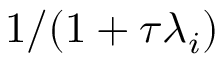
1 / ( 1 + \tau \lambda _ { i } )